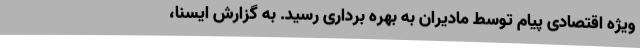
ویژه اقتصادی پیام توسط مادیران به بهره برداری رسید. به گزارش ایسنا،